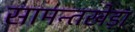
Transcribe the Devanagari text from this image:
सामन्तखेड़ा